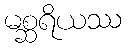
မစ္ဆရိယဿ